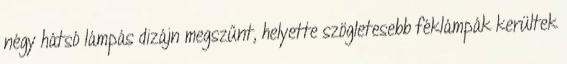
négy hátsó lámpás dizájn megszűnt, helyette szögletesebb féklámpák kerültek